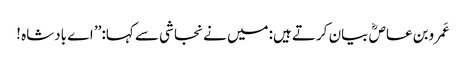
عَمروبن عاصؓ بیان کرتے ہیں:میں نے نجاشی سے کہا:’’ اے بادشاہ !